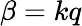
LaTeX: \beta=kq